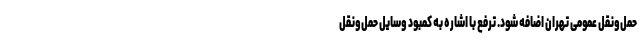
حمل‌ونقل عمومی تهران اضافه شود. ترفع با اشاره به کمبود وسایل حمل‌ونقل